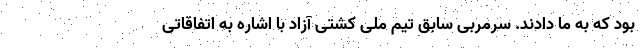
بود که به ما دادند. سرمربی سابق تیم ملی کشتی آزاد با اشاره به اتفاقاتی